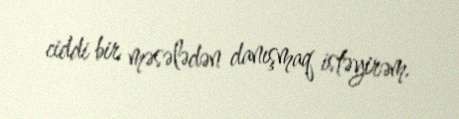
ciddi bir məsələdən danışmaq istəyirəm.